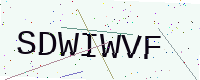
Text: SDWIWVF